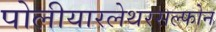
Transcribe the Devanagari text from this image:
पोलीयारलेथरसल्फोन